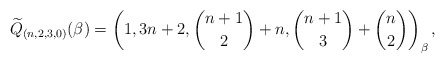
\begin{gather*}{\widetilde{Q}}_{(n,2,3,0)}(\beta)= \left(1, 3 n+2, \binom{n+1}{2}+n, \binom{n+1}{3} +\binom{n}{2} \right)_{\beta},\end{gather*}